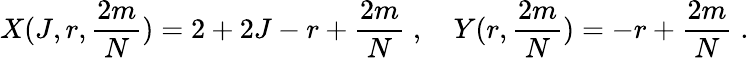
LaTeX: X(J,r,{\frac{2m}{N}})=2+2J-r+{\frac{2m}{N}}\; ,\quad Y(r,{\frac{2m}{N}})=-r+{\frac{2m}{N}}\; .